Indian journal of veterinary science and animal husbandry - Volume 6,
Year: 1936
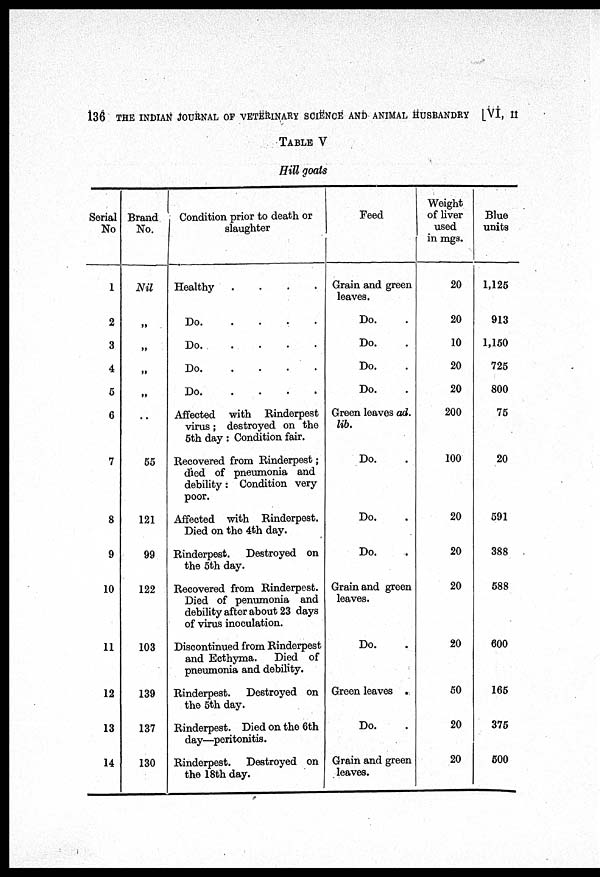
136 THE INDIAN JOURNAL OF VETERINARY SCIENCE AND ANIMAL HUSBANDRY [VI, II
TABLE V
Hill goats
Serial
No
1
2
3
4
5
6
7
8
9
10
11
12
13
14
Brand
No.
Nil
"
"
"
"
. .
55
121
99
122
103
139
137
130
Condition prior to death or
slaughter
Healthy
.
.
.
.
Do
.
.
.
.
Do
.
.
.
.
Do
.
.
.
.
Do
.
.
.
.
Affected with Rinderpest
virus; destroyed on the
5th day : Condition fair.
Recovered from Rinderpest;
died of pneumonia and
debility: Condition very
poor.
Affected with Rinderpest.
Died on the 4th day.
Rinderpest.
Destroyed on
the 5th day.
Recovered from Rinderpest.
Died of penumonia and
debility after about 23 days
of virus inoculation.
Discontinued from Rinderpest
and Ecthyma.
Died of
pneumonia and debility.
Rinderpest.
Destroyed on
the 5th day.
Rinderpest. Died on the 6th
day—peritonitis.
Rinderpest.
Destroyed on
the 18th day.
Feed
Grain and green
leaves.
Do. .
Do. .
Do. .
Do. .
Green leaves ad.
lib.
Do. .
Do. .
Do. .
Grain and green
leaves.
Do. .
Green leaves .
Do. .
Grain and green
leaves.
Weight
of liver
used
in mgs.
20
20
10
20
20
200
100
20
20
20
20
50
20
20
Blue
units
1,125
913
1,150
725
800
75
20
591
388
588
600
165
375
500